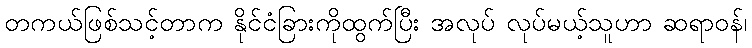
တကယ်ဖြစ်သင့်တာက နိုင်ငံခြားကိုထွက်ပြီး အလုပ် လုပ်မယ့်သူဟာ ဆရာဝန်၊